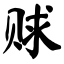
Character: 赇